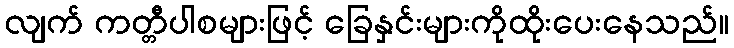
လျက် ကတ္တီပါစများဖြင့် ခြေနှင်းများကိုထိုးပေးနေသည်။